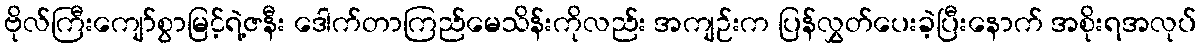
ဗိုလ်ကြီးကျော်စွာမြင့်ရဲ့ဇနီး ဒေါက်တာကြည်မေသိန်းကိုလည်း အကျဉ်းက ပြန်လွှတ်ပေးခဲ့ပြီးနောက် အစိုးရအလုပ်